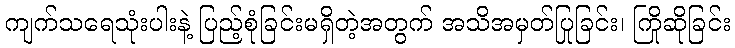
ကျက်သရေသုံးပါးနဲ့ ပြည့်စုံခြင်းမရှိတဲ့အတွက် အသိအမှတ်ပြုခြင်း၊ ကြိုဆိုခြင်း